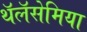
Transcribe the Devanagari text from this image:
थॅलॅसेमिया